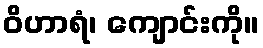
ဝိဟာရံ၊ ကျောင်းကို။